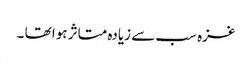
غزہ سب سے زیادہ متاثر ہوا تھا ۔